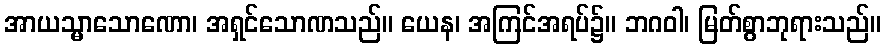
အာယသ္မာသောဏော၊ အရှင်သောဏသည်။ ယေန၊ အကြင်အရပ်၌။ ဘဂဝါ၊ မြတ်စွာဘုရားသည်။